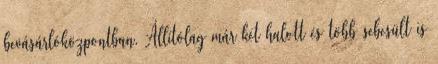
bevásárlóközpontban. Állítólag már két halott és több sebesült is